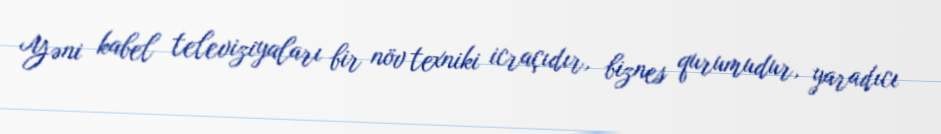
Yəni kabel televiziyaları bir növ texniki icraçıdır, biznes qurumudur, yaradıcı